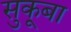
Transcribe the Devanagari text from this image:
सुकूबा